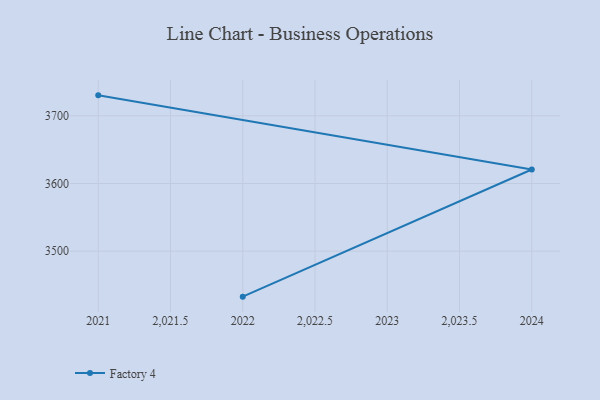
{"axis": {"x": "Year", "y": "Page Views"}, "legend": ["Factory 4"], "data": [{"x": "2022", "y": 3432.8, "type": "Factory 4"}, {"x": "2024", "y": 3620.7, "type": "Factory 4"}, {"x": "2021", "y": 3730.2, "type": "Factory 4"}]}